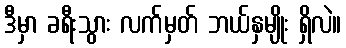
ဒီမှာ ခရီးသွား လက်မှတ် ဘယ်နှမျိုး ရှိလဲ။